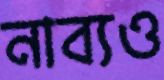
নাব্যও